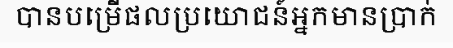
បានបម្រើផលប្រយោជន៍អ្នកមានប្រាក់